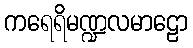
ကရေရိမဏ္ဍလမာဠော